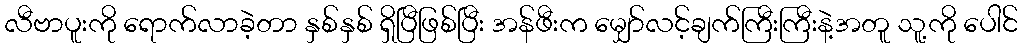
လီဗာပူးကို ရောက်လာခဲ့တာ နှစ်နှစ် ရှိပြီဖြစ်ပြီး အန်ဖီးက မျှော်လင့်ချက်ကြီးကြီးနဲ့အတူ သူ့ကို ပေါင်